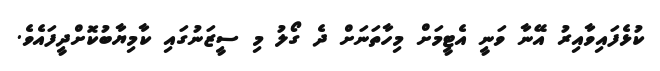
ކުޅެފައިވާއިރު އޭނާ ވަނީ އެޓީމަށް މިހާތަނަށް ދެ ގޯލު މި ސީޒަނުގައި ކާމިޔާބުކޮށްދީފައެވެ.